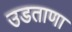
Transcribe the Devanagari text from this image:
उडताणा